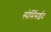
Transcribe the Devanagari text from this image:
स्पेर्मिसईद